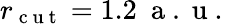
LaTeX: r_{\mathrm{~c~u~t~}}=1.2\ \mathrm{~a~.~u~.~}